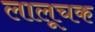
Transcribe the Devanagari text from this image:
लालूचक